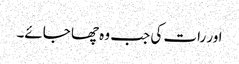
اور رات کی جب وہ چھا جائے۔